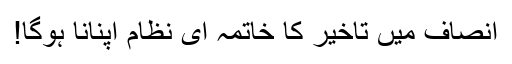
انصاف میں تاخیر کا خاتمہ ای نظام اپنانا ہوگا!